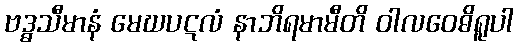
ဗဒ္ဓသီမာနံ မေဃပဋလံ နာဘိရမာမီတိ ဝါလဝေဓိရူပါ